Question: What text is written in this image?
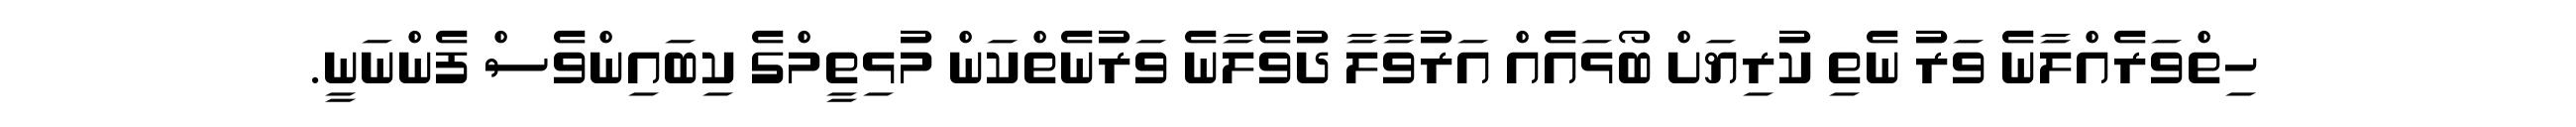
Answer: ހިތްވަރެއްލާނެ ވަރު ނެތި ކުރިޔަށް ބޯޅައެއް އަރުވާލާ ދުވެލާނެ ވަރުނެތްކަން މުޅިތީމްގެ ކިބައިންވެސް ފެންނަނީ.